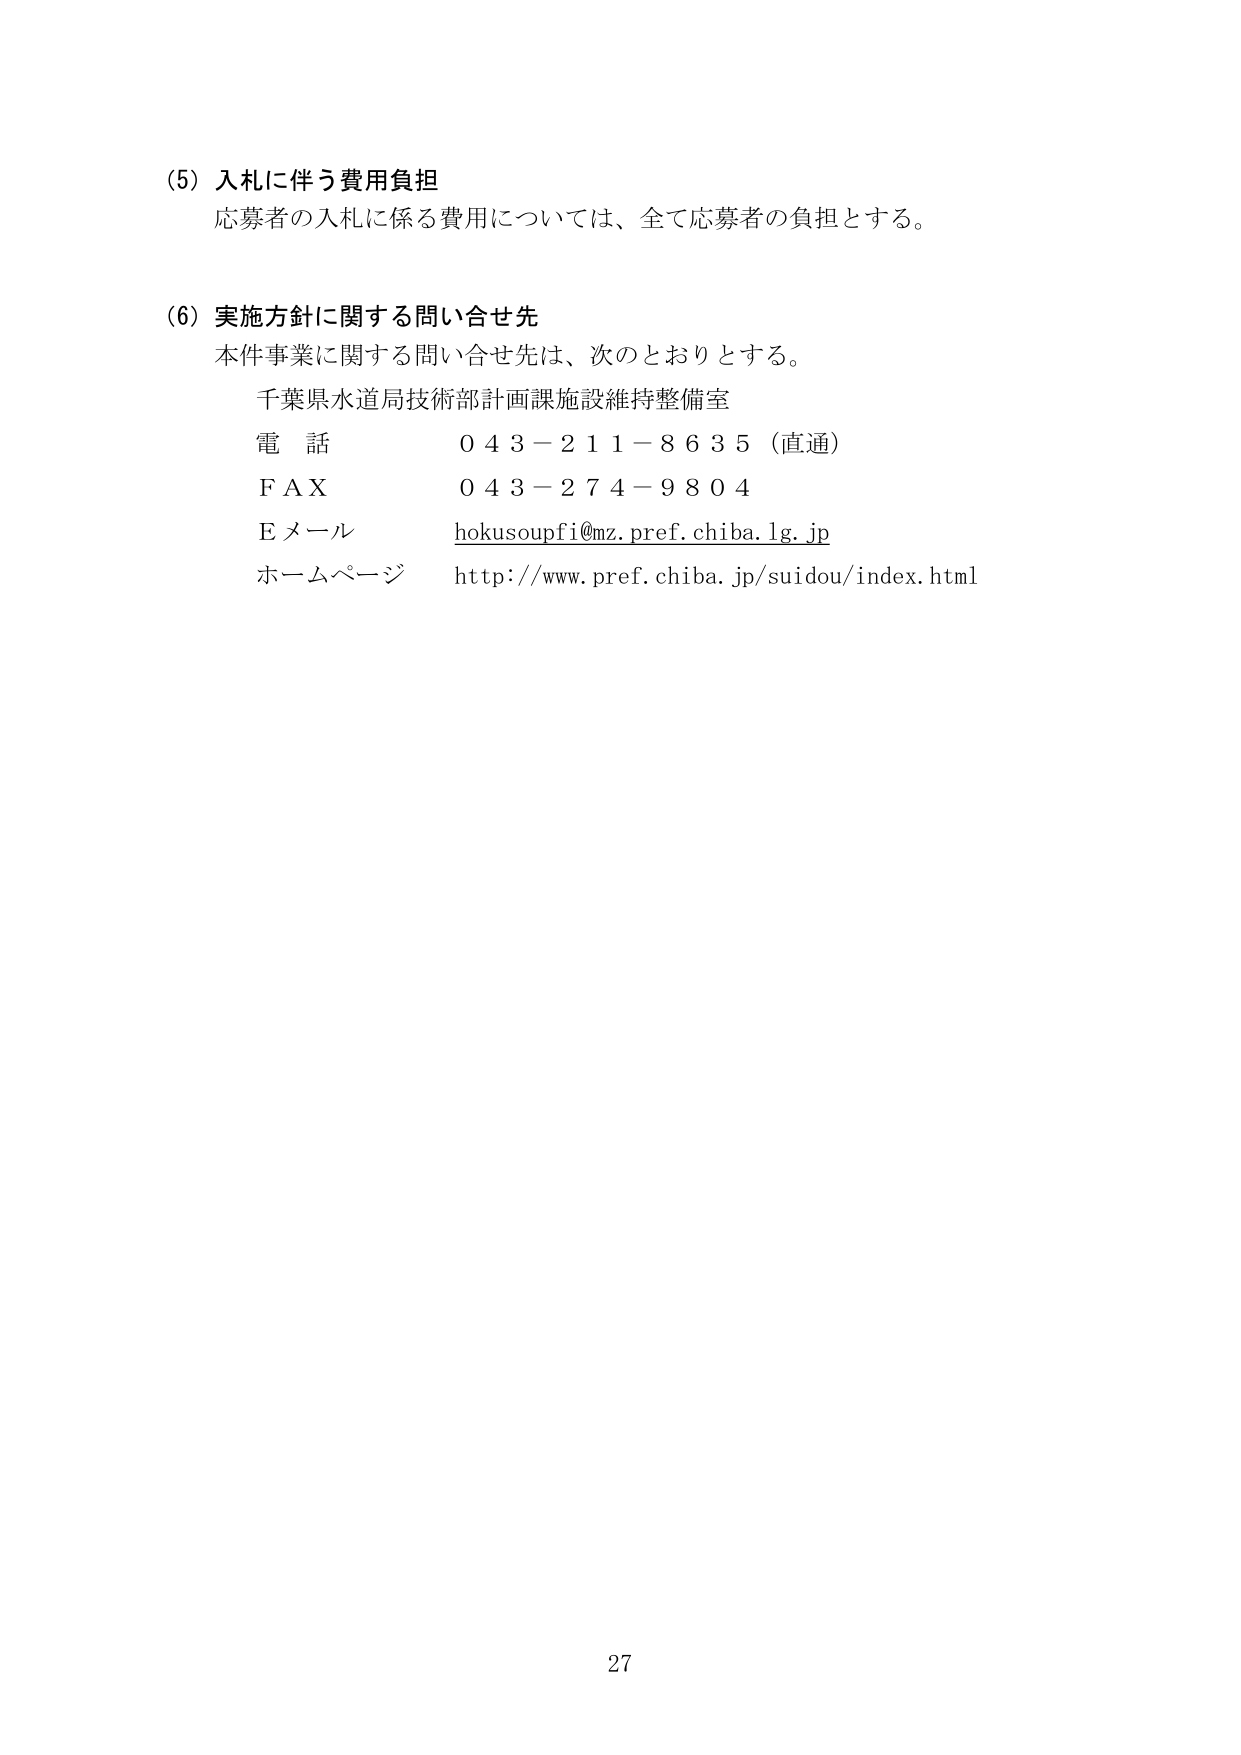
(5) 入札に伴う費用負担
応募者の入札に係る費用については、全て応募者の負担とする。

(6) 実施方針に関する問い合わせ先
本件事業に関する問い合わせ先は、次のとおりとする。
千葉県水道局技術部計画課施設維持整備室
電話 043-211-8635（直通）
FAX 043-274-9804
Eメール hokusoupfi@mz.pref.chiba.lg.jp
ホームページ http://www.pref.chiba.jp/suidou/index.html

27